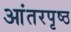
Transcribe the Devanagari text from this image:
आंतरपृष्ठ